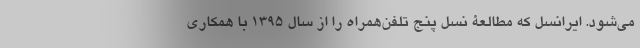
می‌شود. ایرانسل که مطالعۀ نسل پنج تلفن‌همراه را از سال ۱۳۹۵ با همکاری